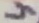
Text: 4